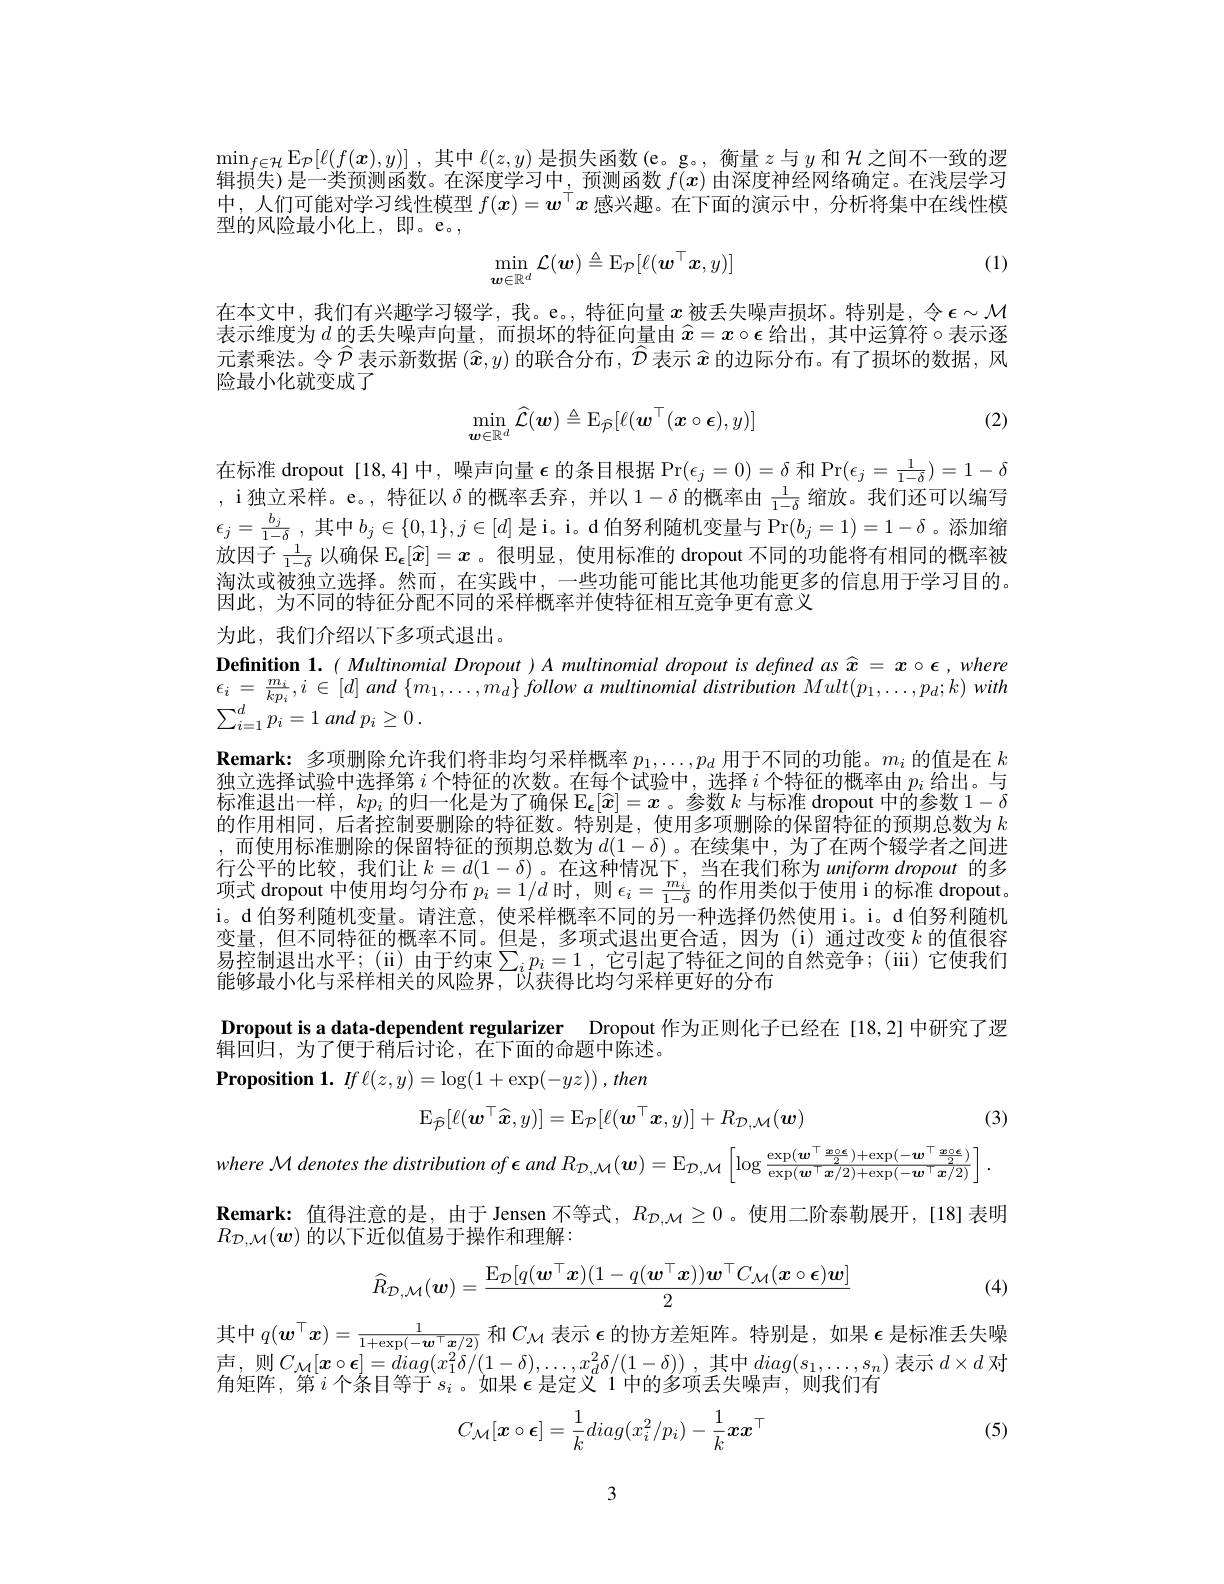
$\operatorname*{min}_{f\in\mathcal{H}}\mathbb{E}_{\mathcal{P}}[\ell(f(\boldsymbol{x}),y)]$,其中$\ell(z,y)$是损失函数 (e。g。, 衡量$z$与$y$和$\mathcal{H}$之间不一致的逻辑损失)是一类预测函数。在深度学习中，预测函数$f(x)$由深度神经网络确定。在浅层学习$\begin{array}{c}\text{中，人们可能对学习线性模型 }f(\boldsymbol{x})=\boldsymbol{w}^\top\boldsymbol{x}\end{array}$感兴趣。在下面的演示中，分析将集中在线性模

(1)
$$\min_{\boldsymbol{w}\in\mathbb{R}^{d}}\mathcal{L}(\boldsymbol{w})\triangleq\operatorname{E}_{\mathcal{P}}[\ell(\boldsymbol{w}^{\top}\boldsymbol{x},y)]$$
在本文中，我们有兴趣学习辍学，我。e。,特征向量$x$被丢失噪声损坏。特别是，令$\epsilon\sim\mathcal{M}$ 表示维度为 $d$ 的丢失噪声向量，而损坏的特征向量由 $\widehat{x}=x\circ\epsilon$ 给出，其中运算符$\circ$表示逐元素乘法。令$\widehat{\mathcal{P}}$表示新数据$(\widehat{\boldsymbol{x}},y)$的联合分布$,\widehat{\hat{\mathcal{D}}}$表示$\widehat{x}$的边际分布。有了损坏的数据，风险最小化就变成了

(2)
$$\min_{\boldsymbol{w}\in\mathbb{R}^d}\widehat{\mathcal{L}}(\boldsymbol{w})\triangleq\mathrm{E}_{\widehat{\mathcal{P}}}[\ell(\boldsymbol{w}^\top(\boldsymbol{x}\circ\boldsymbol{\epsilon}),y)]$$
在标准 dropout [18,4]中，噪声向量$\epsilon$的条目根据 Pr$(\epsilon_j=0)=\delta$和 Pr$(\epsilon_j=\frac1{1-\delta})=1-\delta$ , i独立采样。e。, 特征以$\delta$的概率丢弃，并以$1-\delta$的概率由$\frac1{1-\delta}$缩放。我们还可以编写$\epsilon_j=\frac{b_j}{1-\delta}$, 其中$b_j\in\{0,1\},j\in[d]$ 是i。i。d 伯努利随机变量与 Pr$(b_j=1)=1-\delta$ 。添加缩放因子$\frac1{1-\delta}$ 以确保 $\mathbb{E}_{\epsilon}[\widehat{x}]=x$ 。很明显，使用标准的 dropout 不同的功能将有相同的概率被淘汰或被独立选择。然而，在实践中，一些功能可能比其他功能更多的信息用于学习目的。因此，为不同的特征分配不同的采样概率并使特征相互竞争更有意义

为此，我们介绍以下多项式退出。
Definition $1. ( Multinomial\textit{ Dropout }) A$ multinomial dropout is defined as $\widehat{x}=x\circ\epsilon,where$ $\epsilon_{i}=\frac{m_{i}}{kp_{i}},i\in[d]$ and $\{m_{1},\ldots,m_{d}\}$ follow $a$ multinomial distribution Mult$(p_{1},\ldots,p_{d};k)$ with $\sum _{i= 1}^dp_i= 1$ and $p_i\geq 0$ .
$\textbf{Remark: 多 项 删 除 允 许 我 们 将 非 均 匀 采 样 概 率 }p_1, \ldots , p_d$用于不同的功能。$m_i$的值是在$k$ 独立选择试验中选择第$i$个特征的次数。在每个试验中，选择$i$个特征的概率由$p_i$给出。与标准退出一样，$kp_i$的归一化是为了确保$\mathbb{E}_\epsilon[\widehat{x}]=x$ 。参数$k$与标准 dropout 中的参数$1-\delta$ 的作用相同，后者控制要删除的特征数。特别是，使用多项删除的保留特征的预期总数为$k$ ,而使用标准删除的保留特征的预期总数为$d(1-\delta)$。在续集中，为了在两个辍学者之间进行公平的比较，我们让$k=d(1-\delta)$ 。在这种情况下，当在我们称为 uniform dropout 的多项式 dropout 中使用均匀分布$p_i=1/d$时，则$\epsilon_i=\frac{m_i}{1-\delta}$的作用类似于使用 i 的标准 dropout。i。d 伯努利随机变量。请注意，使采样概率不同的另一种选择仍然使用i。i。d 伯努利随机变量，但不同特征的概率不同。但是，多项式退出更合适，因为(i)通过改变$k$的值很容易控制退出水平；(ii)由于约束$\sum_ip_i=1$,它引起了特征之间的自然竞争；(iii)它使我们能够最小化与米样相关的风险界，以获得比均匀米样史好的分布
Dropout is a data-dependent regularizer Dropout 作为正则化子已经在[18,2]中研究了逻
辑回归，为了便于稍后讨论，在下面的命题中陈述。$\textbf{Proposition 1. }If\ell ( z, y) = \log ( 1+ \exp ( - yz) )$ $, then$
$$\mathrm{E}_{\widehat{\mathcal{P}}}[\ell(\boldsymbol{w}^{\top}\widehat{\boldsymbol{x}},y)]=\mathrm{E}_{\mathcal{P}}[\ell(\boldsymbol{w}^{\top}\boldsymbol{x},y)]+R_{\mathcal{D},\mathcal{M}}(\boldsymbol{w})$$
(3)
$$l\:R_{\mathcal{D},\mathcal{M}}(\boldsymbol{w})=\operatorname{E}_{\mathcal{D},\mathcal{M}}\left[\log{\frac{\exp(\boldsymbol{w}^{\top}{\frac{\boldsymbol{w}\circ\boldsymbol{\epsilon}}{2}})+\exp(-\boldsymbol{w}^{\top}{\frac{\boldsymbol{x}\circ\boldsymbol{\epsilon}}{2}})}{\exp(\boldsymbol{w}^{\top}\boldsymbol{x}/2)+\exp(-\boldsymbol{w}^{\top}\boldsymbol{x}/2)}}\right].$$
$\mathbf{Remark:}_{\text{ 值得注意的是，由于 Jensen 不等式，}}R_{\mathcal{D},\mathcal{M}}\geq0$。使用二阶泰勒展开，[18]表明
$R_{\mathcal{D},\mathcal{M}}(\boldsymbol{w})$的以下近似值易于操作和理解：
$$\widehat{R}_{\mathcal{D},\mathcal{M}}(\boldsymbol{w})=\frac{\operatorname{E}_{\mathcal{D}}[q(\boldsymbol{w}^\top\boldsymbol{x})(1-q(\boldsymbol{w}^\top\boldsymbol{x}))\boldsymbol{w}^\top C_{\mathcal{M}}(\boldsymbol{x}\circ\boldsymbol{\epsilon})\boldsymbol{w}]}{2}$$
其 中  $q( \boldsymbol{w}^\top \boldsymbol{x}) = \frac 1{1+ \exp ( - \boldsymbol{w}^\top \boldsymbol{x}/ 2) }$ 和  $C_\mathcal{M}$ 表 示  $\boldsymbol{\epsilon }$ 的 协 方 差 矩 阵 。 特 别 是 ,  如 果  $\boldsymbol{\epsilon }$ 是 标 准 丢 失 噪  声 , 则  $C_\mathcal{M} [ \boldsymbol{x}\circ \boldsymbol{\epsilon }] = diag( x_1^2\delta / ( 1- \delta ) , \ldots , x_d^2\delta / ( 1- \delta ) ) $, 其 中  $diag( s_1, \ldots , s_n)$ 表 示  $d\times d$ 对

(4)

角矩阵，第$i$个条目等于$s_i$ 。如果$\epsilon$是定义 1 中的多项丢失噪声，则我们有
$$C_{\mathcal{M}}[\boldsymbol{x}\circ\boldsymbol{\epsilon}]=\frac{1}{k}diag(x_i^2/p_i)-\frac{1}{k}\boldsymbol{x}\boldsymbol{x}^\top $$
(5)

3